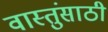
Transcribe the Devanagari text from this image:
वास्तुंसाठी